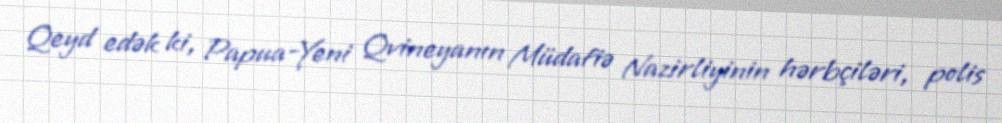
Qeyd edək ki, Papua-Yeni Qvineyanın Müdafiə Nazirliyinin hərbçiləri, polis